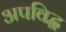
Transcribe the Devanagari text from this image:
अपविद्ध